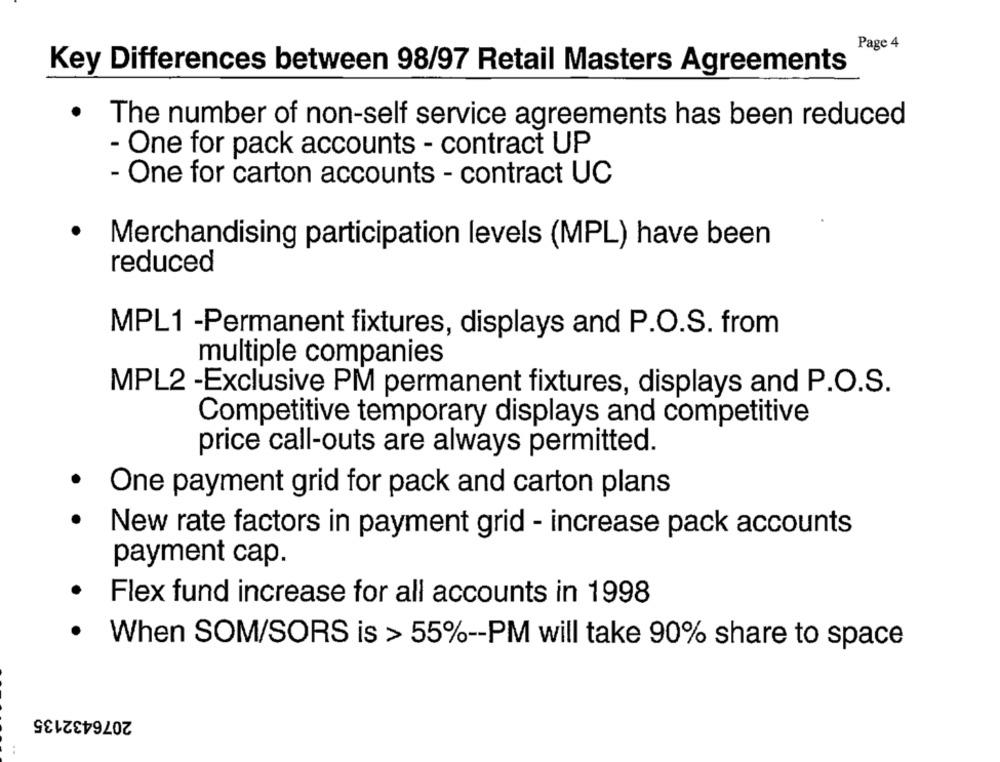
Page 4
Key Differences between 98/97 Retail Masters Agreements
. The number of non-self service agreements has been reduced
- One for pack accounts - contract UP
- One for carton accounts - contract UC
.
Merchandising participation levels (MPL) have been
reduced
MPL1 -Permanent fixtures, displays and P.O.S. from
multiple companies
MPL2 -Exclusive PM permanent fixtures, displays and P.O.S.
Competitive temporary displays and competitive
price call-outs are always permitted.
.
One payment grid for pack and carton plans
New rate factors in payment grid - increase pack accounts
payment cap.
Flex fund increase for all accounts in 1998
·
When SOM/SORS is > 55% -- PM will take 90% share to space
2076432135
..